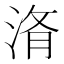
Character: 𭰧